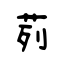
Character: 茢